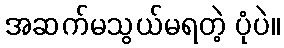
အဆက်မသွယ်မရတဲ့ ပုံပဲ။